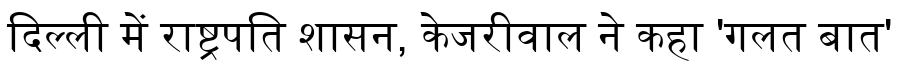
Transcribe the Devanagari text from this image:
दिल्ली में राष्ट्रपति शासन, केजरीवाल ने कहा 'गलत बात'